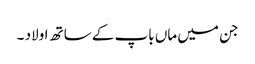
جن میں ماں باپ کے ساتھ اولاد ۔